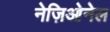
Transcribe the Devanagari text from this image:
नेज़िओनेल